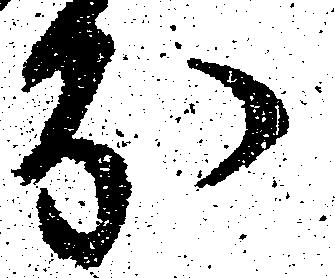
分